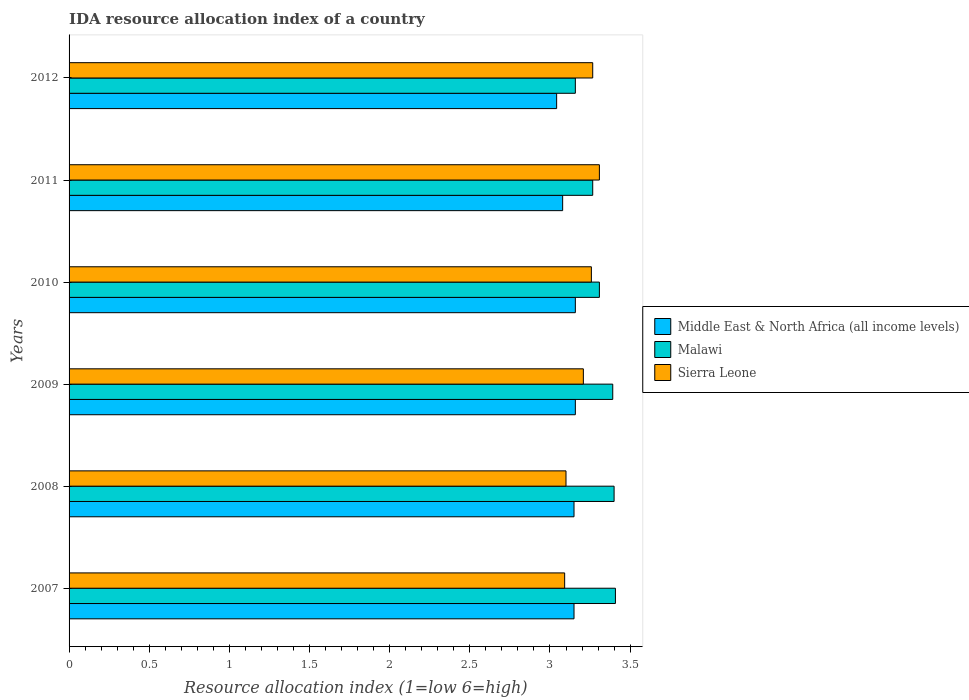
| Years | Middle East & North Africa (all income levels) | Malawi | Sierra Leone |
 | --- | --- | --- | --- |
 | 2007 | 3.15 | 3.41 | 3.09 |
 | 2008 | 3.15 | 3.4 | 3.1 |
 | 2009 | 3.16 | 3.39 | 3.21 |
 | 2010 | 3.16 | 3.31 | 3.26 |
 | 2011 | 3.08 | 3.27 | 3.31 |
 | 2012 | 3.04 | 3.16 | 3.27 |